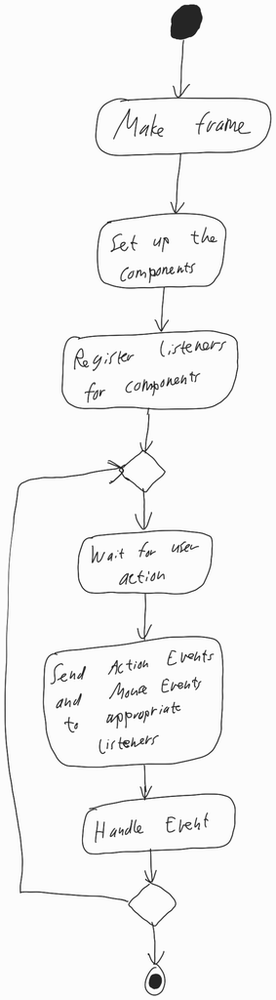
Diagram type: activity_diagram
```plantuml
@startuml

start

:Make frame;

:Set up the components;

:Register listeners for components;

repeat
  :Wait for user action;
  :Send Action Events and Mouse Events to appropriate listeners;
  :Handle Event;
repeat while

stop

@enduml
```